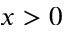
x > 0